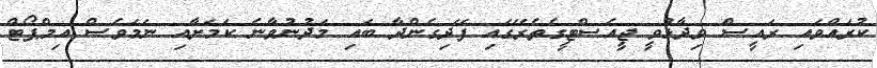
ކުރައްވައި ރައީސް ވިދާޅުވީ ޖީއެސްޓީގެތެރޭގައި ފޭދިގެންދާ ބައި މަދުނުވާނެ ކަމަށާއި ނަމަވެސް އިމްޕޯޓް